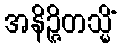
အနိဉ္ဇိတသ္မိံ